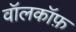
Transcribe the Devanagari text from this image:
वॉलकॉफ़